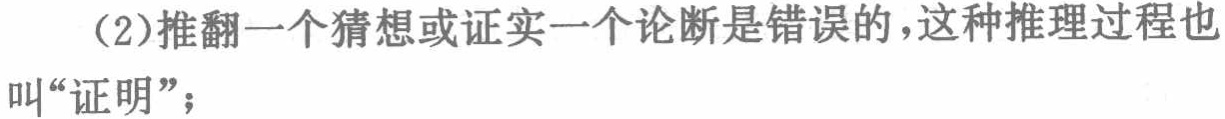
（2）推翻一个猜想或证实一个论断是错误的，这种推理过程也叫“证明”；